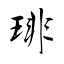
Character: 琲